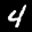
Label: 4